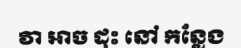
វា អាច ដុះ នៅ កន្លែង